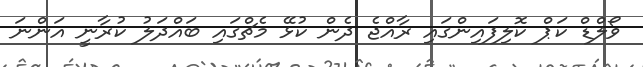
ވޯލްޑް ކަޕް ކޮލިފައިންގައި ރާއްޖެ ދެން ކުޅޭ މެޗްގައި ބައްދަލު ކުރާނީ އަންނަ